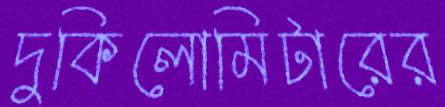
দুকিলোমিটারের